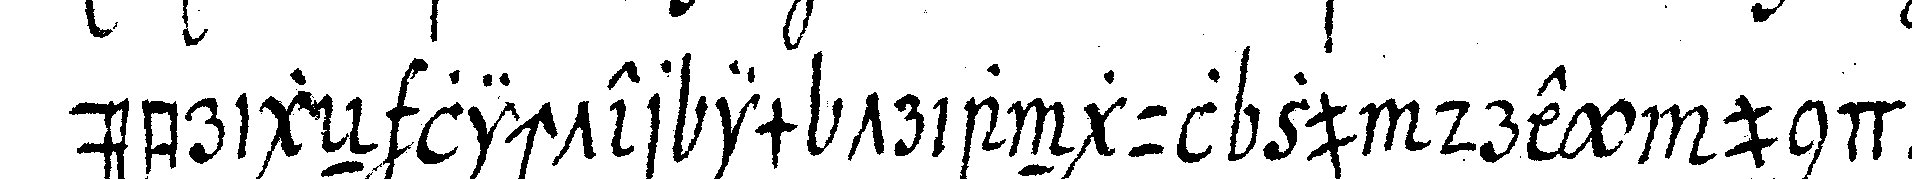
übrigeN lichter im triangul zu drey und